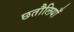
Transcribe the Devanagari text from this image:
छतौलियाँ